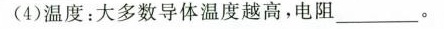
(4)温度：大多数导体温度越高，电阻___。